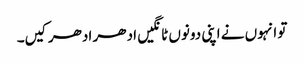
تو انہوں نے اپنی دونوں ٹانگیں ادھر ادھر کیں۔